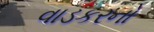
વાડકરનો